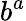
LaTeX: b^{a}